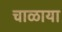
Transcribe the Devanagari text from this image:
चाळाया